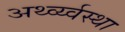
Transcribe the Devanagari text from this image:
अर्थ्व्य्वस्था